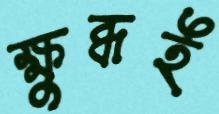
ক্ষুব্ধই